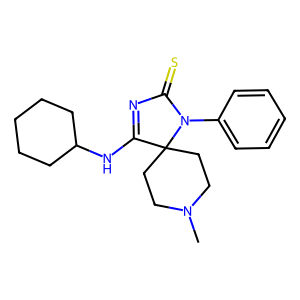
SMILES: CN1CCC2(CC1)C(NC1CCCCC1)=NC(=S)N2c1ccccc1
Inhibits HIV replication: No